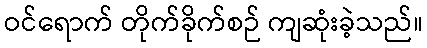
ဝင်ရောက် တိုက်ခိုက်စဉ် ကျဆုံးခဲ့သည်။